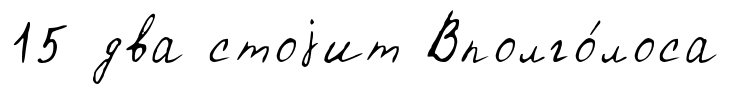
15 два стоjит Вполго́лоса